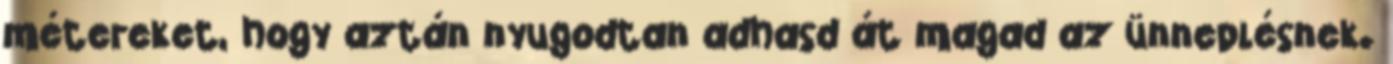
métereket, hogy aztán nyugodtan adhasd át magad az ünneplésnek.